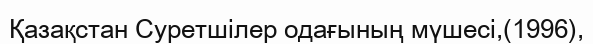
Қазақстан Суретшілер одағының мүшесі,(1996),